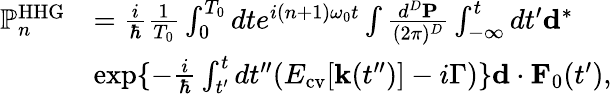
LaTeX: \begin{array}{rl}{\mathbb{P}_{n}^{\mathrm{HHG}}}&{=\frac{i}{\hbar}\frac{1}{T_{0}}\int_{0}^{T_{0}}dte^{i(n+1)\omega_{0}t}\int\frac{d^{D}{\mathbf P}}{(2\pi)^{D}}\int_{-\infty}^{t}dt^{\prime}{\mathbf d}^{*}}\\ &{\exp\{ -\frac{i}{\hbar}\int_{t^{\prime}}^{t}dt^{\prime\prime}(E_{\mathrm{cv}}[{\mathbf k}(t^{\prime\prime})]-i\Gamma)\} {\mathbf d}\cdot{\mathbf F}_{0}(t^{\prime}),}\end{array}